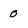
Character: 0